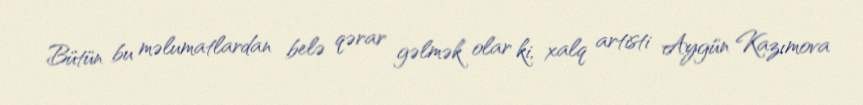
Bütün bu məlumatlardan belə qərar gəlmək olar ki, xalq artisti Aygün Kazımova